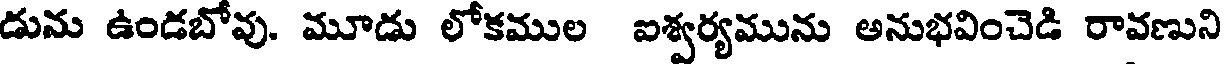
డును ఉండబోవు. మూడు లోకముల ఐశ్వర్యమును అనుభవించెడి రావణుని